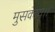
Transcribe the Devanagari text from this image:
मुसकाय।।